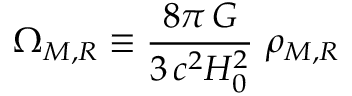
\Omega _ { M , R } \equiv \frac { 8 \pi \, G } { 3 \, c ^ { 2 } H _ { 0 } ^ { 2 } } \, \, \rho _ { M , R }